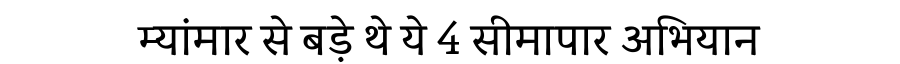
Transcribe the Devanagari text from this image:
म्यांमार से बड़े थे ये 4 सीमापार अभियान